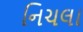
નિચલા